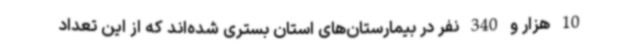
10 هزار و 340 نفر در بیمارستان‌های استان بستری شده‌اند که از این تعداد